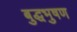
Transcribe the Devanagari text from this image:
बुद्धभुषण